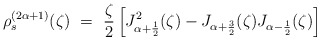
\begin{align*}\rho_s^{(2\alpha+1)}(\zeta) ~=~ \frac{\zeta}{2} \left[ J_{\alpha+\frac{1}{2}}^2(\zeta) - J_{\alpha+\frac{3}{2}}(\zeta) J_{\alpha-\frac{1}{2}}(\zeta) \right]\end{align*}